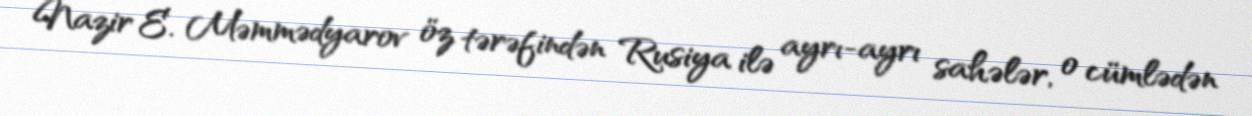
Nazir E. Məmmədyarov öz tərəfindən Rusiya ilə ayrı-ayrı sahələr, o cümlədən